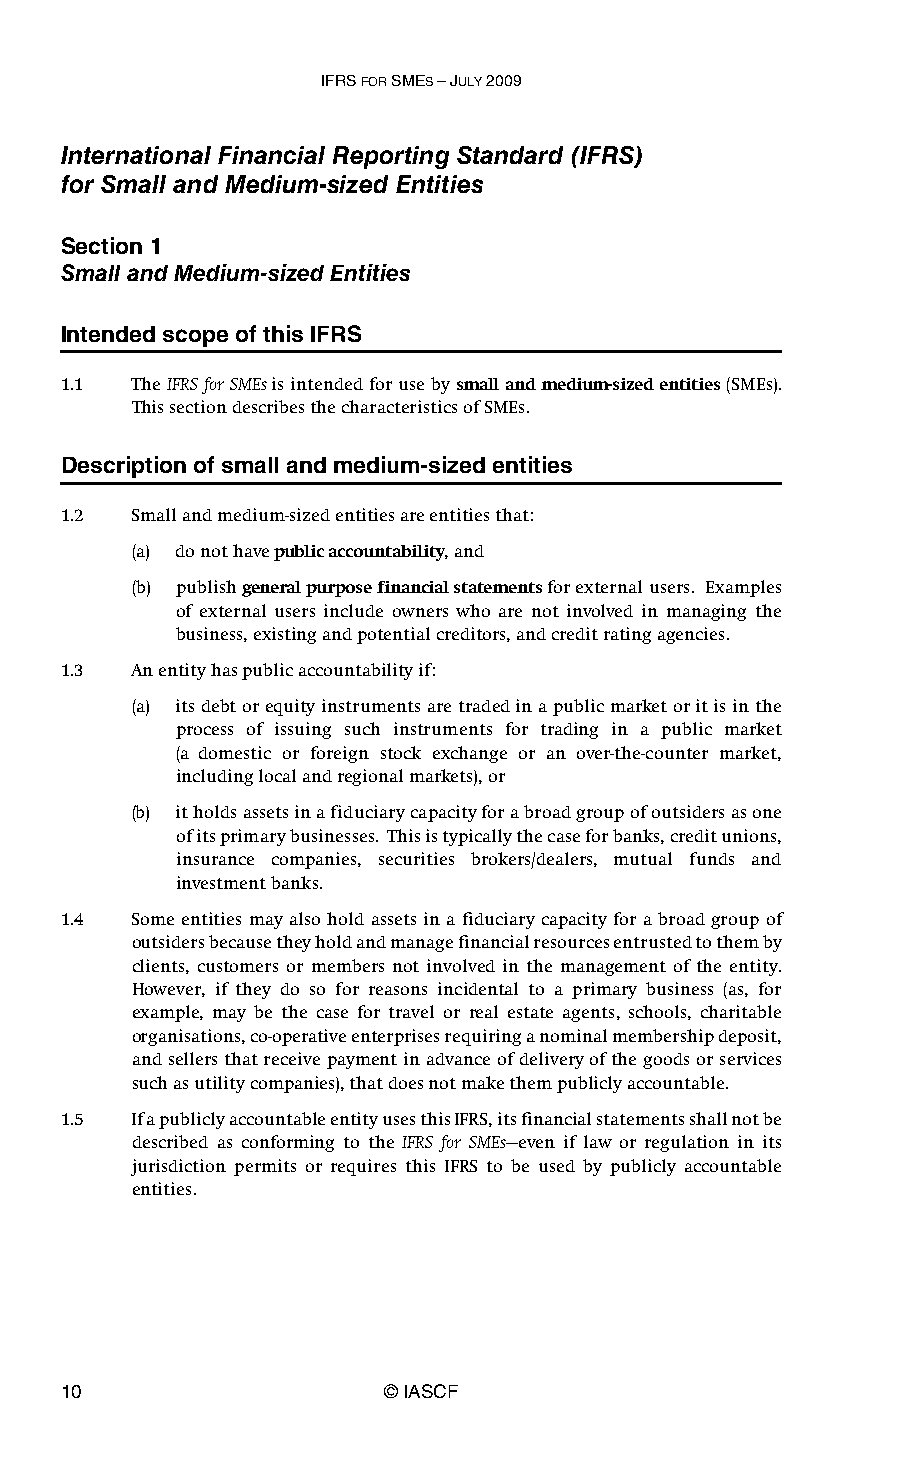
IFRS FOR SMES – JULY 2009
 International Financial Reporting Standard (IFRS)
 for Small and Medium-sized Entities
 Section 1
 Small and Medium-sized Entities
 Intended scope of this IFRS
 1.1  The IFRS for SMEs is intended for use by small and medium-sized entities (SMEs).
 This section describes the characteristics of SMEs.
 Description of small and medium-sized entities
 1.2  Small and medium-sized entities are entities that:
 (a) do not have public accountability, and
 (b) publish general purpose financial statements for external users. Examples
 of external users include owners who are not involved in managing the
 business, existing and potential creditors, and credit rating agencies.
 1.3  An entity has public accountability if:
 (a) its debt or equity instruments are traded in a public market or it is in the
 process of issuing such instruments for trading in a public market
 (a domestic or foreign stock exchange or an over-the-counter market,
 including local and regional markets), or
 (b) it holds assets in a fiduciary capacity for a broad group of outsiders as one
 of its primary businesses. This is typically the case for banks, credit unions,
 insurance companies, securities brokers/dealers, mutual funds and
 investment banks.
 1.4  Some entities may also hold assets in a fiduciary capacity for a broad group of
 outsiders because they hold and manage financial resources entrusted to them by
 clients, customers or members not involved in the management of the entity.
 However, if they do so for reasons incidental to a primary business (as, for
 example, may be the case for travel or real estate agents, schools, charitable
 organisations, co-operative enterprises requiring a nominal membership deposit,
 and sellers that receive payment in advance of delivery of the goods or services
 such as utility companies), that does not make them publicly accountable.
 1.5  If a publicly accountable entity uses this IFRS, its financial statements shall not be
 described as conforming to the IFRS for SMEs—even if law or regulation in its
 jurisdiction permits or requires this IFRS to be used by publicly accountable
 entities.
 10                    © IASCF